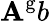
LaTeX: \mathbf{A}^{\mathrm{{g}}}b